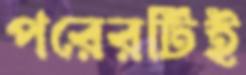
পরেরটিই